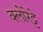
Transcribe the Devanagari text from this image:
क्‍लोरेट्टे